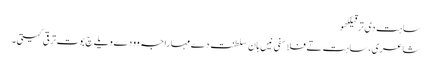
ساہت دی ترقیلکھو
شاعری، ساہت تے فلاسفی نیں ہان سلطنت دے مہاراجہ وو دے ویلے چ بوت ترقی کیتی۔